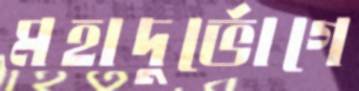
মহাদুর্ভোগে